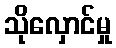
သိုလှောင်မှု